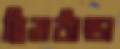
হিমঠান্ডা